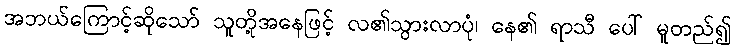
အဘယ်ကြောင့်ဆိုသော် သူတို့အနေဖြင့် လ၏သွားလာပုံ၊ နေ၏ ရာသီ ပေါ် မူတည်၍